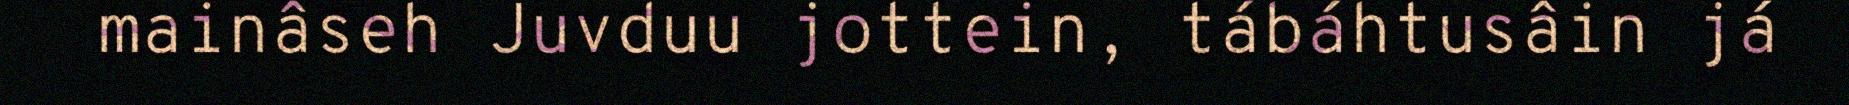
mainâseh Juvduu jottein, tábáhtusâin já